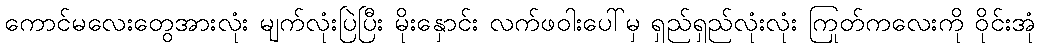
ကောင်မလေးတွေအားလုံး မျက်လုံးပြဲပြီး မိုးနှောင်း လက်ဖဝါးပေါ်မှ ရှည်ရှည်လုံးလုံး ကြုတ်ကလေးကို ဝိုင်းအုံ